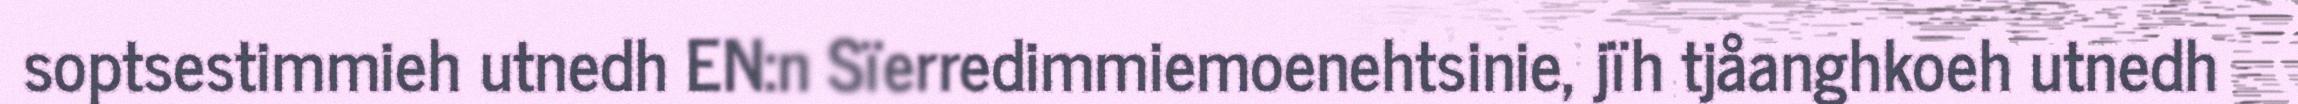
soptsestimmieh utnedh EN:n Sïerredimmiemoenehtsinie, jïh tjåanghkoeh utnedh